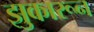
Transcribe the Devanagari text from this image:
झुकारून